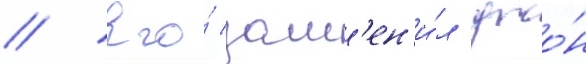
// Его́ зам'ен'и́л джо́н